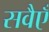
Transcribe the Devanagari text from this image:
सवैएँ